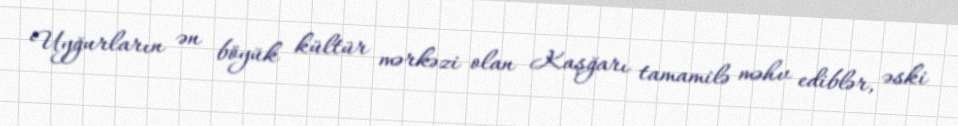
Uyğurların ən böyük kültür mərkəzi olan Kaşğarı tamamilə məhv ediblər, əski